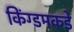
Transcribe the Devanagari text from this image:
किंग्डमकडे